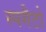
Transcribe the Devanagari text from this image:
स्पगैटो